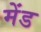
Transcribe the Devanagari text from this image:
मेंड